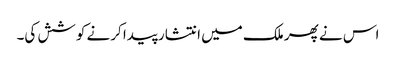
اس نے پھر ملک میں انتشار پیدا کرنے کوشش کی۔